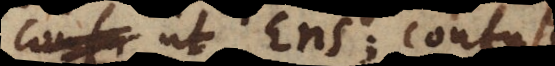
ut Ens; confu